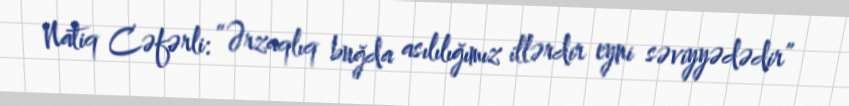
Natiq Cəfərli: “Ərzaqlıq buğda asılılığımız illərdir eyni səviyyədədir”